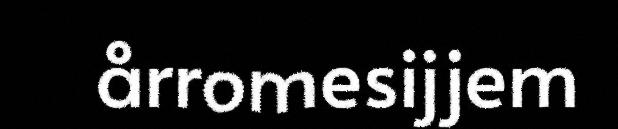
årromesijjem